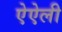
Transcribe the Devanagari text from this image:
ऐऐली